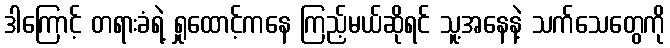
ဒါကြောင့် တရားခံရဲ့ ရှုထောင့်ကနေ ကြည့်မယ်ဆိုရင် သူ့အနေနဲ့ သက်သေတွေကို